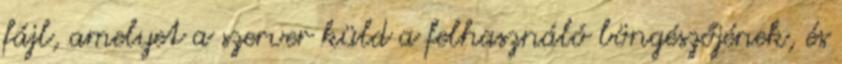
fájl, amelyet a szerver küld a felhasználó böngészőjének, és